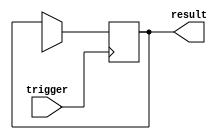
module Generate_Task_Block(
    input trigger,
    output result
);

reg state;

always @ (posedge trigger) begin
    // Generate and execute tasks based on conditions
    if (condition) begin
        // Perform specific task
        state <= next_state;
        // Update result based on task execution
        result <= task_result;
    end
end

endmodule